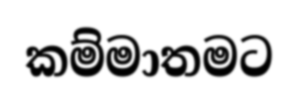
කම්මාතමට